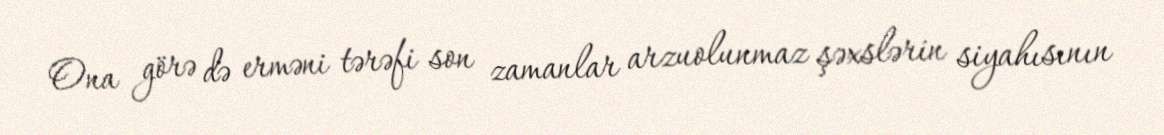
Ona görə də erməni tərəfi son zamanlar arzuolunmaz şəxslərin siyahısının